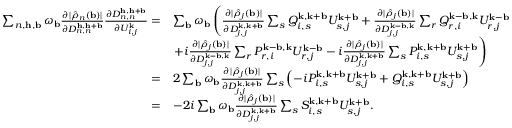
\begin{array} { r l } { \sum _ { n , \mathbf { h } , \mathbf { b } } \omega _ { \mathbf { b } } \frac { \partial | \hat { \rho } _ { n } ( \mathbf { b } ) | } { \partial D _ { n , n } ^ { \mathbf { h } , \mathbf { h } + \mathbf { b } } } \frac { \partial D _ { n , n } ^ { \mathbf { h } , \mathbf { h } + \mathbf { b } } } { \partial U _ { i , j } ^ { \mathbf { k } } } = } & { \sum _ { \mathbf { b } } \omega _ { \mathbf { b } } \left( \frac { \partial | \hat { \rho } _ { j } ( \mathbf { b } ) | } { \partial D _ { j , j } ^ { \mathbf { k } , \mathbf { k } + \mathbf { b } } } \sum _ { s } Q _ { i , s } ^ { \mathbf { k } , \mathbf { k } + \mathbf { b } } U _ { s , j } ^ { \mathbf { k } + \mathbf { b } } + \frac { \partial | \hat { \rho } _ { j } ( \mathbf { b } ) | } { \partial D _ { j , j } ^ { \mathbf { k } - \mathbf { b } , \mathbf { k } } } \sum _ { r } Q _ { r , i } ^ { \mathbf { k } - \mathbf { b } , \mathbf { k } } U _ { r , j } ^ { \mathbf { k } - \mathbf { b } } \right. } \\ & { \left. + i \frac { \partial | \hat { \rho } _ { j } ( \mathbf { b } ) | } { \partial D _ { j , j } ^ { \mathbf { k } - \mathbf { b } , \mathbf { k } } } \sum _ { r } P _ { r , i } ^ { \mathbf { k } - \mathbf { b } , \mathbf { k } } U _ { r , j } ^ { \mathbf { k } - \mathbf { b } } - i \frac { \partial | \hat { \rho } _ { j } ( \mathbf { b } ) | } { \partial D _ { j , j } ^ { \mathbf { k } , \mathbf { k } + \mathbf { b } } } \sum _ { s } P _ { i , s } ^ { \mathbf { k } , \mathbf { k } + \mathbf { b } } U _ { s , j } ^ { \mathbf { k } + \mathbf { b } } \right) } \\ { = } & { 2 \sum _ { \mathbf { b } } \omega _ { \mathbf { b } } \frac { \partial | \hat { \rho } _ { j } ( \mathbf { b } ) | } { \partial D _ { j , j } ^ { \mathbf { k } , \mathbf { k } + \mathbf { b } } } \sum _ { s } \left( - i P _ { i , s } ^ { \mathbf { k } , \mathbf { k } + \mathbf { b } } U _ { s , j } ^ { \mathbf { k } + \mathbf { b } } + Q _ { i , s } ^ { \mathbf { k } , \mathbf { k } + \mathbf { b } } U _ { s , j } ^ { \mathbf { k } + \mathbf { b } } \right) } \\ { = } & { - 2 i \sum _ { \mathbf { b } } \omega _ { \mathbf { b } } \frac { \partial | \hat { \rho } _ { j } ( \mathbf { b } ) | } { \partial D _ { j , j } ^ { \mathbf { k } , \mathbf { k } + \mathbf { b } } } \sum _ { s } S _ { i , s } ^ { \mathbf { k } , \mathbf { k } + \mathbf { b } } U _ { s , j } ^ { \mathbf { k } + \mathbf { b } } . } \end{array}